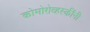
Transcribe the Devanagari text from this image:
कोमोरोव्हस्कींनी